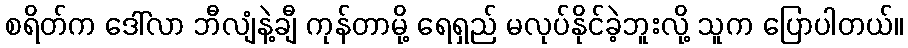
စရိတ်က ဒေါ်လာ ဘီလျံနဲ့ချီ ကုန်တာမို့ ရေရှည် မလုပ်နိုင်ခဲ့ဘူးလို့ သူက ပြောပါတယ်။